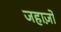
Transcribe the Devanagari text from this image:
जहाज़ो